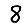
Digit: 8